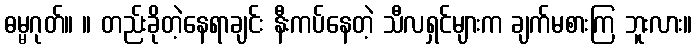
ဓမ္မဂုတ်။ ။ တည်းခိုတဲ့နေရာချင်း နီးကပ်နေတဲ့ သီလရှင်များက ချက်မစားကြ ဘူးလား။